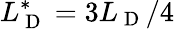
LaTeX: L_{\mathrm{~D~}}^{*}=3L_{\mathrm{~D~}}/4